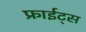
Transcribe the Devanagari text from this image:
फ्राईट्स